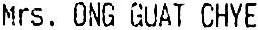
MRS. ONG GUAT CHYE